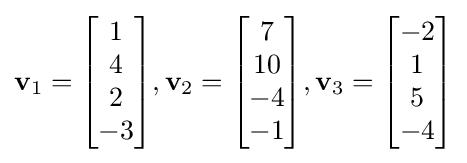
\mathbf {v} _{1}={\begin{bmatrix}1\\4\\2\\-3\end{bmatrix}},\mathbf {v} _{2}={\begin{bmatrix}7\\10\\-4\\-1\end{bmatrix}},\mathbf {v} _{3}={\begin{bmatrix}-2\\1\\5\\-4\end{bmatrix}}